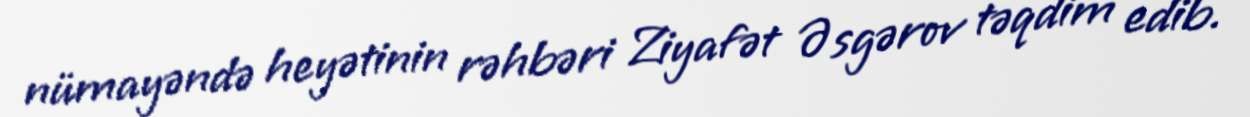
nümayəndə heyətinin rəhbəri Ziyafət Əsgərov təqdim edib.